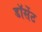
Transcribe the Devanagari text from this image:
डॉसेंट